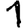
Digit: 1